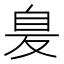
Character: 𦤁